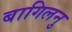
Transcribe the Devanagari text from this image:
बागिलनु